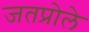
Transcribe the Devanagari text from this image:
जतप्रोले